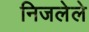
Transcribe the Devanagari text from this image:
निजलेले